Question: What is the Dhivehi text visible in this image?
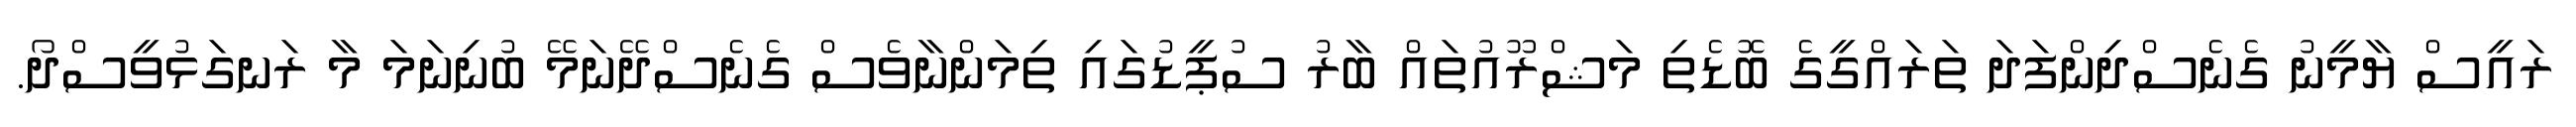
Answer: ރައީސް ޔާމީނު ގެނެސްދިންފަދަ ތަރައްގީގެ ބޮޑެތި މަޝްރޫއުތައް ބާރު ސުޕީޑުގައި ތިމަންނާވެސް ގެނެސްދޭނަމޭ ބުނިނަމަ މާ ރަނގަޅުވީސްދޯ.